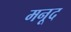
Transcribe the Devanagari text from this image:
मनूद